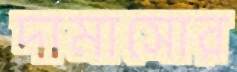
দামাসোর